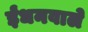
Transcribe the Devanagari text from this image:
ईंधनवाले